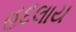
હદલાય